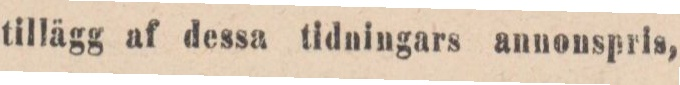
tillägg af dessa tidningars annonspris,